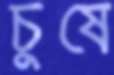
চুষে